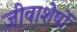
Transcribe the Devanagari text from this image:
जीवाशेषों